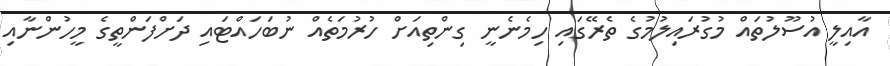
އާއިލީ އުސޫލުތައް މުގުރައިލުމުގެ ތެރޭގައި ހިމެނެނީ ގިންތިއަށް ހުރުމަތެއް ނުބަހައްޓައި ދަށްފަންތީގެ މީހުންނާއި